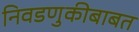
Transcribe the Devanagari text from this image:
निवडणुकीबाबत